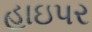
હાઇપર